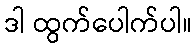
ဒါ ထွက်ပေါက်ပါ။